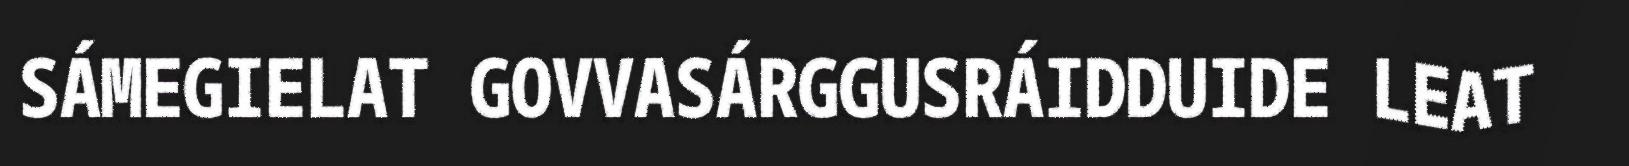
SÁMEGIELAT GOVVASÁRGGUSRÁIDDUIDE LEAT